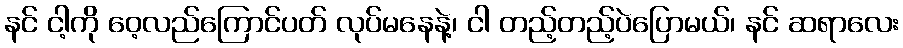
နင် ငါ့ကို ဝေ့လည်ကြောင်ပတ် လုပ်မနေနဲ့၊ ငါ တည့်တည့်ပဲပြောမယ်၊ နင် ဆရာလေး